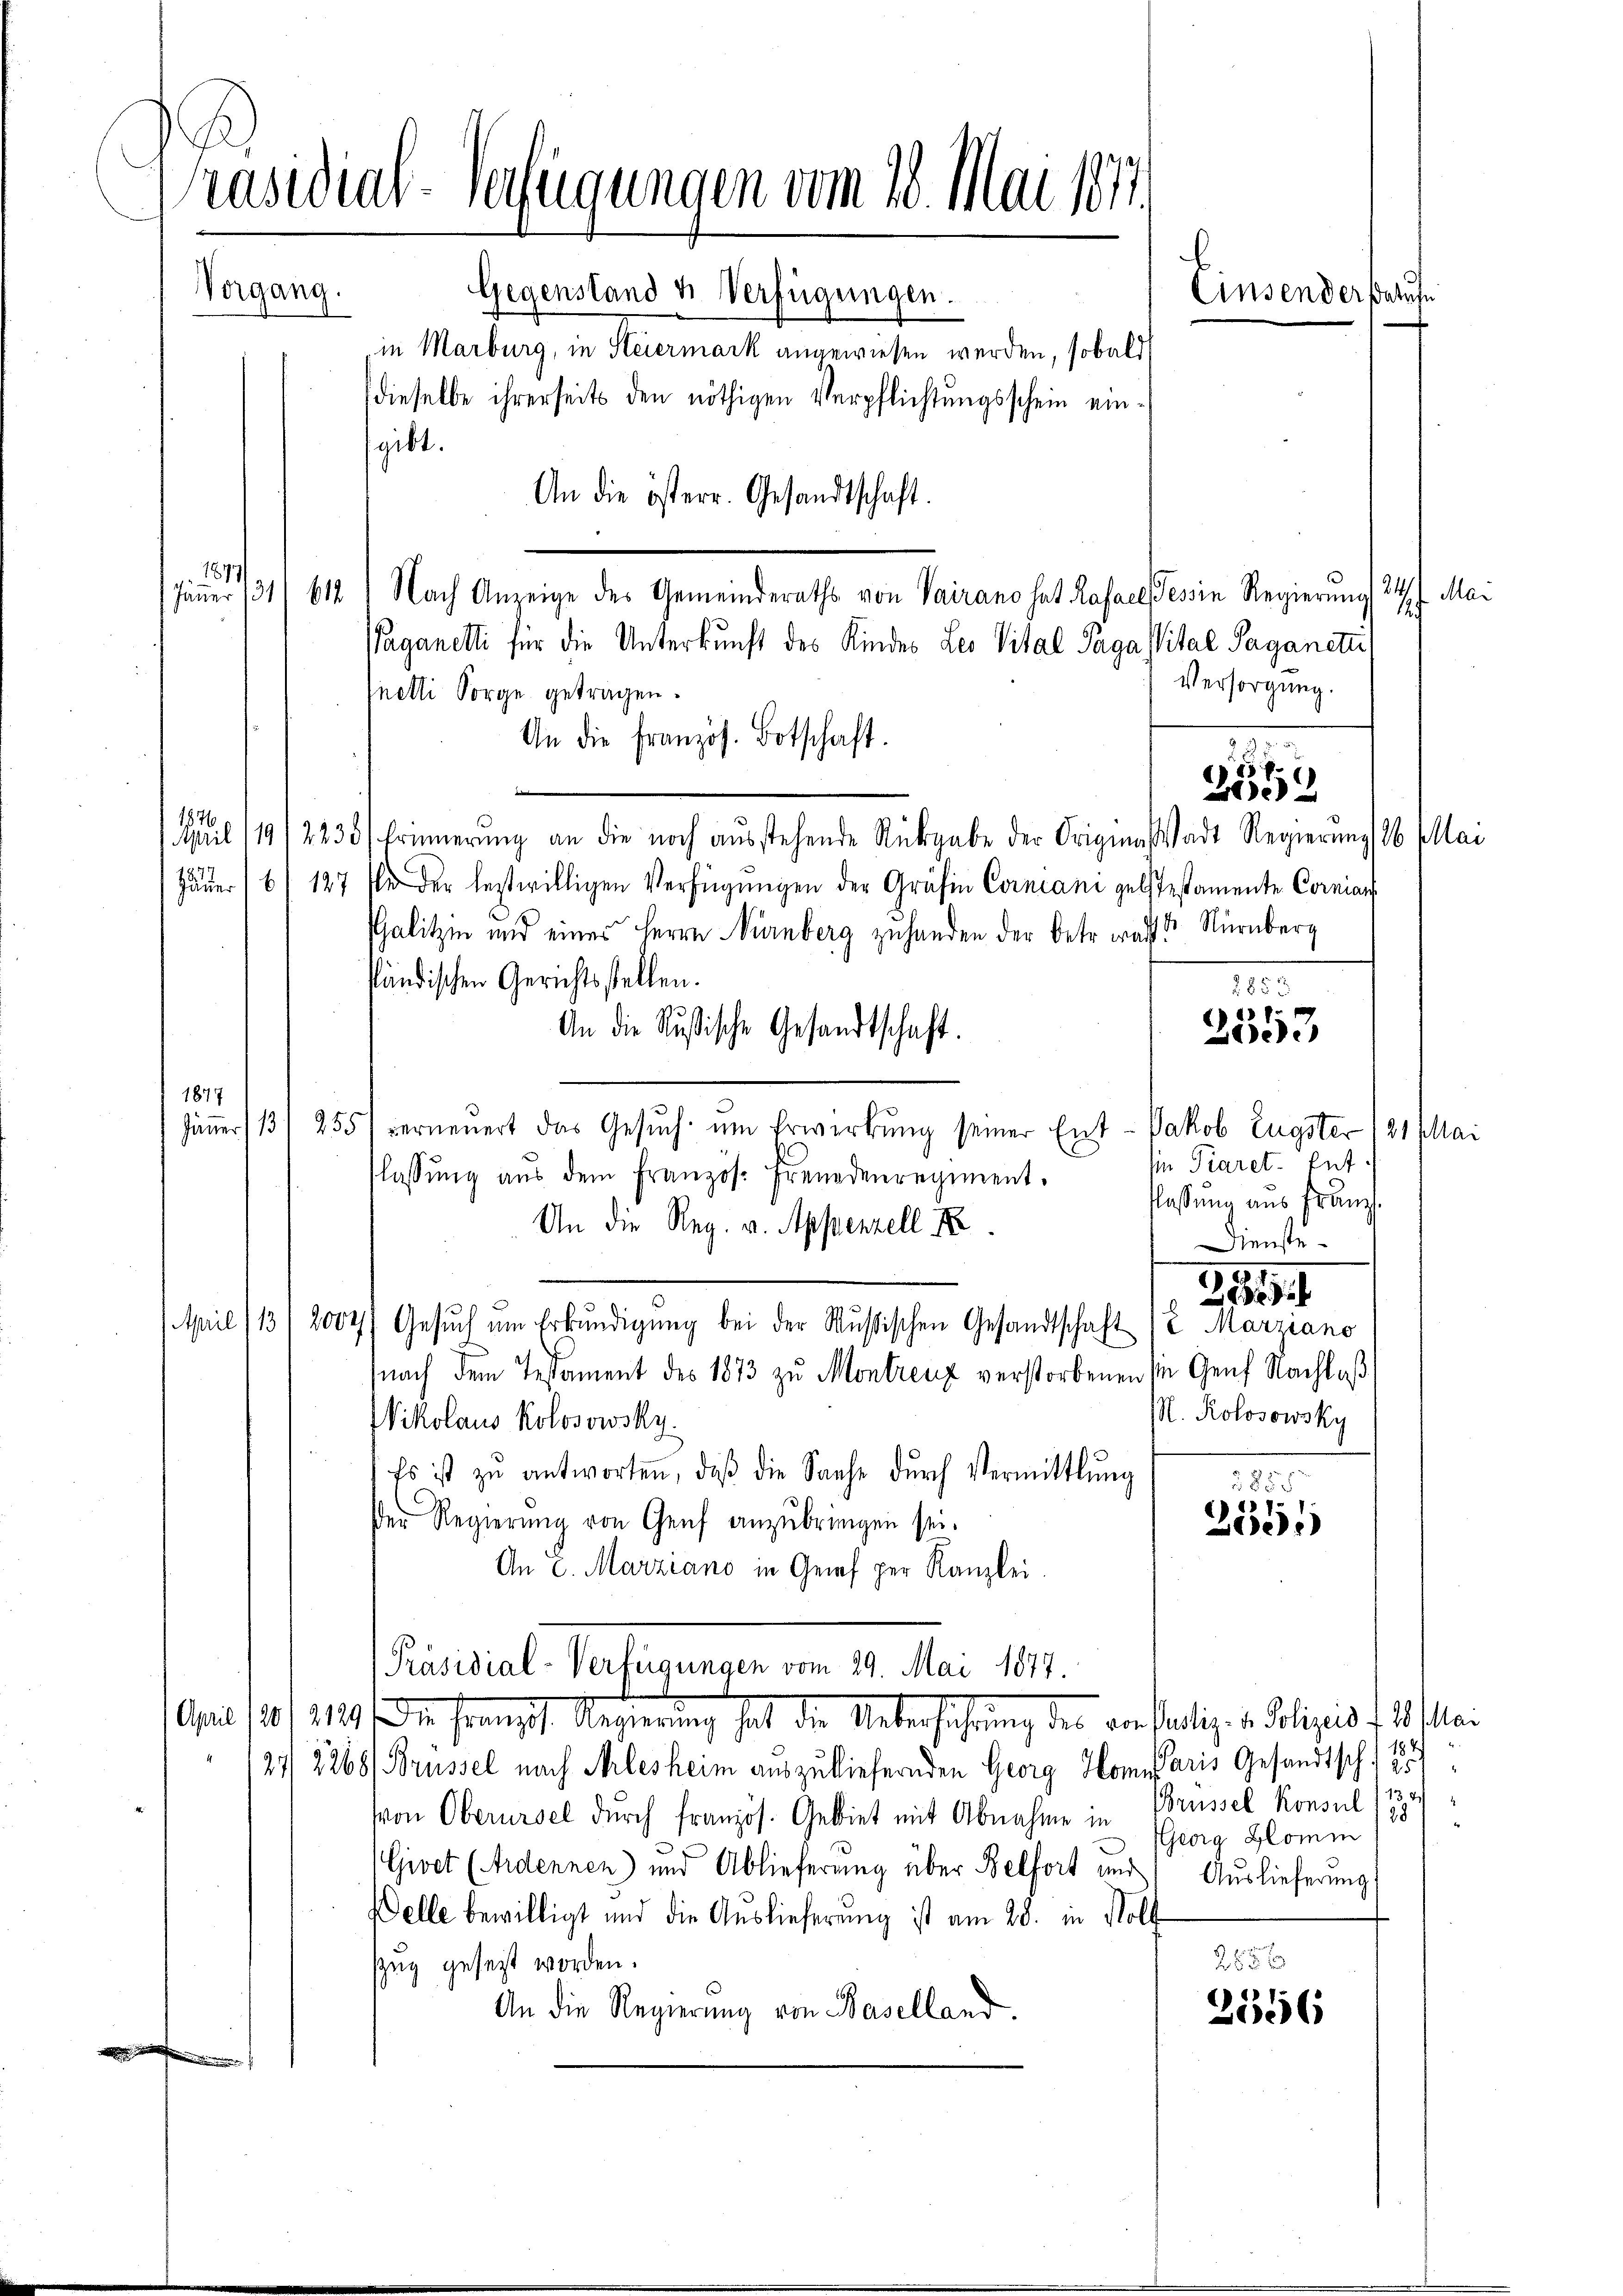
Präsidial-Verfügungen vom 18. Mai 1877
Vorgang.
Gegenstand u. Verfügungen.
Ainsenderstatute
in Marburg, in Steiermark angewiesen werden, sobald

dieselbe ihrerseits den nöthigen Verpflichtungsschein eingibt.
An die österr. Gesandtschaft.
1877/
Jänner 131/ 612) Nach Anzeige des Gemeinderaths von Vairano hat Kassel, Tessin Regierung 24. Mai
Paganelli für die Unterkunft des Kindes Leo Vital Saga Vital Paganettit
Versorgung.
nelli Sorge getragen.
An die französ. Botschaft.
55 f.
i
1876.
April 119/2235/ Erinnerŭng an die noch aŭsstehende Rückgabe der Originalstadt Regierung 16 Mai
11
Jäŭer/6/127 fl der lestwilligen Verfügŭngen der Gräfin Corniani geltestamente Cornian
salitzin und eines Herrn Nürnberg zu handen der Deter walt de Nürnberg
ständischen Gerichtsstellen.
2853
An die Rußische Gesandtschaft.
2003
1877
Jäṅer 13. 255) verneŭert das Gesŭch ŭm Erwerbŭng seiner Ent- Jakob Eugster 121 Mai
sie Piaret. Ent
flassŭng aŭs dem Französ. Freundenregiment.
flassung aus Franz.
An die Reg. v. Appenzell I
Dienste
G,189
April (131 20047 Gesŭch ŭm Erkŭndigŭng bei der Mŭsischen Gesandtschaft 12 Marziano
nach dem Testament des 1873 zu Montrenz verstorbenen sie Genf Nachlaβ
M. Kolosowsky
Nikolaus Kolosowsky.
Es ist zŭ antworten, daß die Sache dŭrch Vermittlung
2858
) 17
Der Regierŭng von Genf anzŭbringen sei.
e1)
An E. Marziano in Genf per Kanzlei.
Präsidial-Verfügungen vom 29. Mai 1877.
April (1401. 219. Dr. Franzof Regierung hat die Unterführung des von seitig. v. Polizeis f. 10. Mai
27/2268/ Brüssel nach Arlesheim auszuliefernden Georg Homiaris Gesandtsch. 2
2
von Oberersel durch französ. Gebiet mit Abnahme in Brüssel Konsul
(Georg Glomm
Givet (Ardennen) und Ablieferung über Belfort und Auslieferung
Delle bewilligt und die Auslieferung ist am 28. in Soll
255 x
zzug gesezt worden.
An die Regierung von Baselland.
2556
.

1385